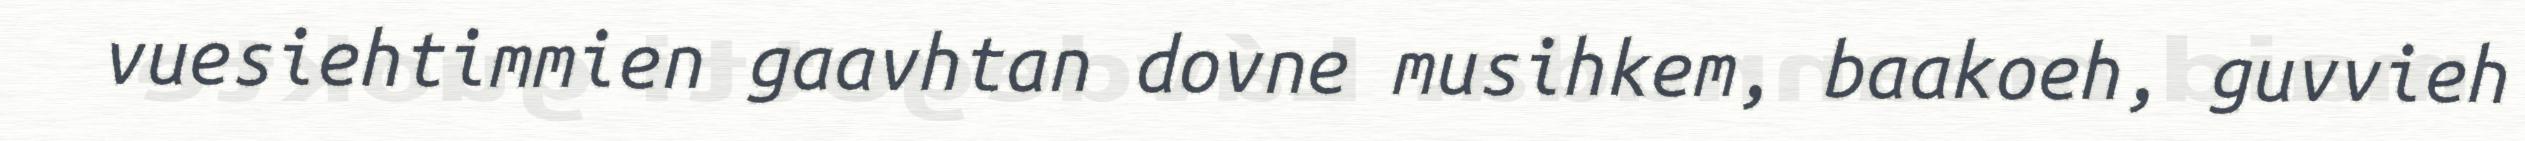
vuesiehtimmien gaavhtan dovne musihkem, baakoeh, guvvieh